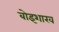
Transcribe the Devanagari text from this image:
बोइशाख